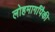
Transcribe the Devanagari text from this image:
लोहमार्गांपैकी